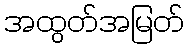
အထွတ်အမြတ်